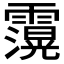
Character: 𮦶